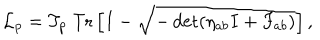
{ \cal L } _ { p } = T _ { p } ~ \mathrm { T r } \left[ I - \sqrt { - \det ( \eta _ { a b } I + F _ { a b } ) } \right] ,